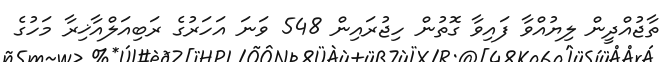
ތާޖުއްދީން ލިޔުއްވާ ފައިވާ ގޮތުން ހިޖުރައިން 548 ވަނަ އަހަރުގެ ރަބިއަލްއާޚިރާ މަހުގެ